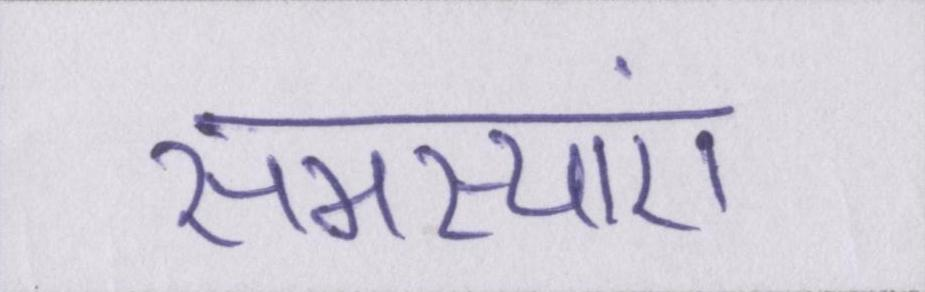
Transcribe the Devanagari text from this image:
समस्याएं